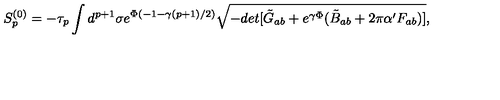
S _ { p } ^ { ( 0 ) } = - \tau _ { p } \int d ^ { p + 1 } \sigma e ^ { \Phi ( - 1 - \gamma ( p + 1 ) / 2 ) } \sqrt { - d e t [ \tilde { G } _ { a b } + e ^ { \gamma \Phi } ( \tilde { B } _ { a b } + 2 \pi \alpha ^ { \prime } F _ { a b } ) ] } ,